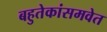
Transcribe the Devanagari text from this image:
बहुतेकांसमवेत